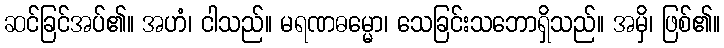
ဆင်ခြင်အပ်၏။ အဟံ၊ ငါသည်။ မရဏဓမ္မော၊ သေခြင်းသဘောရှိသည်။ အမှိ၊ ဖြစ်၏။